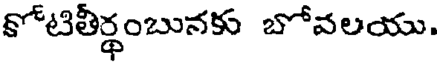
కోటితీర్థంబునకు బోవలయు.